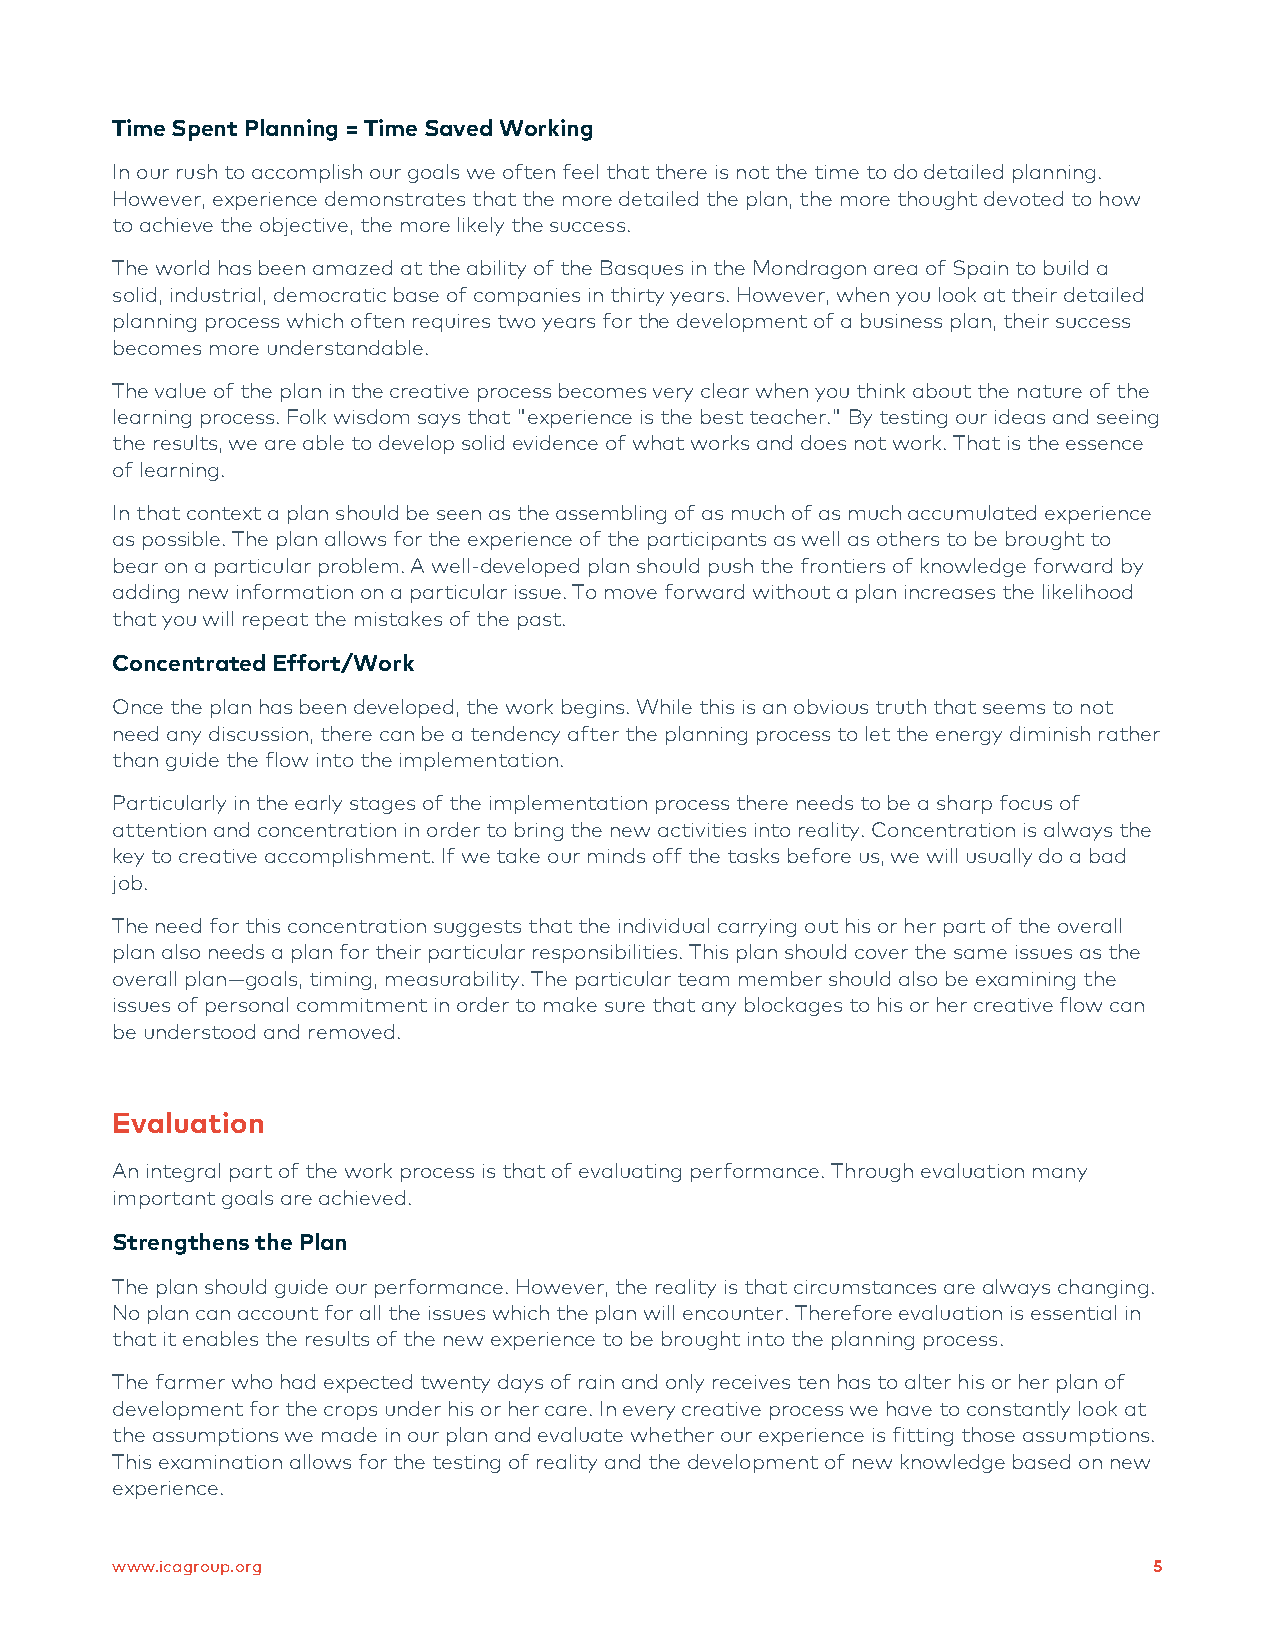
Time Spent Planning = Time Saved Working
 In our rush to accomplish our goals we often feel that there is not the time to do detailed planning.
 However, experience demonstrates that the more detailed the plan, the more thought devoted to how
 to achieve the objective, the more likely the success.
 The world has been amazed at the ability of the Basques in the Mondragon area of Spain to build a
 solid, industrial, democratic base of companies in thirty years. However, when you look at their detailed
 planning process which often requires two years for the development of a business plan, their success
 becomes more understandable.
 The value of the plan in the creative process becomes very clear when you think about the nature of the
 learning process. Folk wisdom says that "experience is the best teacher." By testing our ideas and seeing
 the results, we are able to develop solid evidence of what works and does not work. That is the essence
 of learning.
 In that context a plan should be seen as the assembling of as much of as much accumulated experience
 as possible. The plan allows for the experience of the participants as well as others to be brought to
 bear on a particular problem. A well-developed plan should push the frontiers of knowledge forward by
 adding new information on a particular issue. To move forward without a plan increases the likelihood
 that you will repeat the mistakes of the past.
 Concentrated Effort/Work
 Once the plan has been developed, the work begins. While this is an obvious truth that seems to not
 need any discussion, there can be a tendency after the planning process to let the energy diminish rather
 than guide the flow into the implementation.
 Particularly in the early stages of the implementation process there needs to be a sharp focus of
 attention and concentration in order to bring the new activities into reality. Concentration is always the
 key to creative accomplishment. If we take our minds off the tasks before us, we will usually do a bad
 job.
 The need for this concentration suggests that the individual carrying out his or her part of the overall
 plan also needs a plan for their particular responsibilities. This plan should cover the same issues as the
 overall plan—goals, timing, measurability. The particular team member should also be examining the
 issues of personal commitment in order to make sure that any blockages to his or her creative flow can
 be understood and removed.
 Evaluation
 An integral part of the work process is that of evaluating performance. Through evaluation many
 important goals are achieved.
 Strengthens the Plan
 The plan should guide our performance. However, the reality is that circumstances are always changing.
 No plan can account for all the issues which the plan will encounter. Therefore evaluation is essential in
 that it enables the results of the new experience to be brought into the planning process.
 The farmer who had expected twenty days of rain and only receives ten has to alter his or her plan of
 development for the crops under his or her care. In every creative process we have to constantly look at
 the assumptions we made in our plan and evaluate whether our experience is fitting those assumptions.
 This examination allows for the testing of reality and the development of new knowledge based on new
 experience.
 www.icagroup.org                                                     5